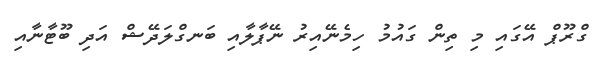
ގްރޫޕް އޭގައި މި ތިން ގައުމު ހިމެނޭއިރު ނޭޕާލާއި ބަނގްލަދޭޝް އަދި ބޫޓާނާއި